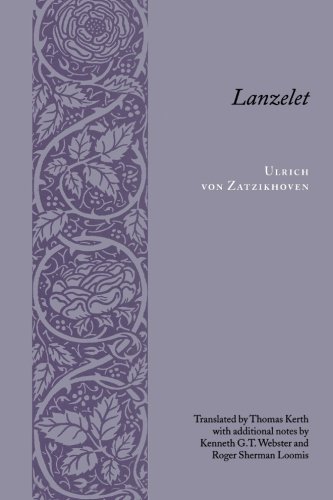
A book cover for Lanzelet (Records of Western Civilization Series); Ulrich von von Zatzikhoven; Literature & Fiction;